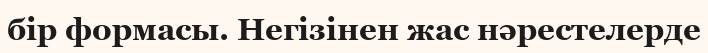
бір формасы. Негізінен жас нәрестелерде